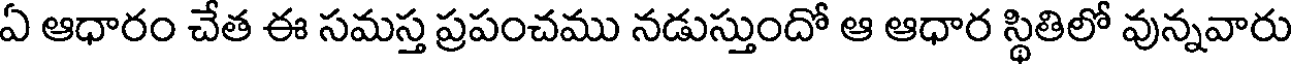
ఏ ఆధారం చేత ఈ సమస్త ప్రపంచము నడుస్తుందో ఆ ఆధార స్థితిలో వున్నవారు